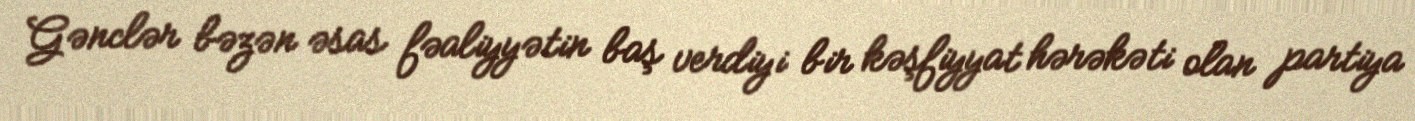
Gənclər bəzən əsas fəaliyyətin baş verdiyi bir kəşfiyyat hərəkəti olan partiya